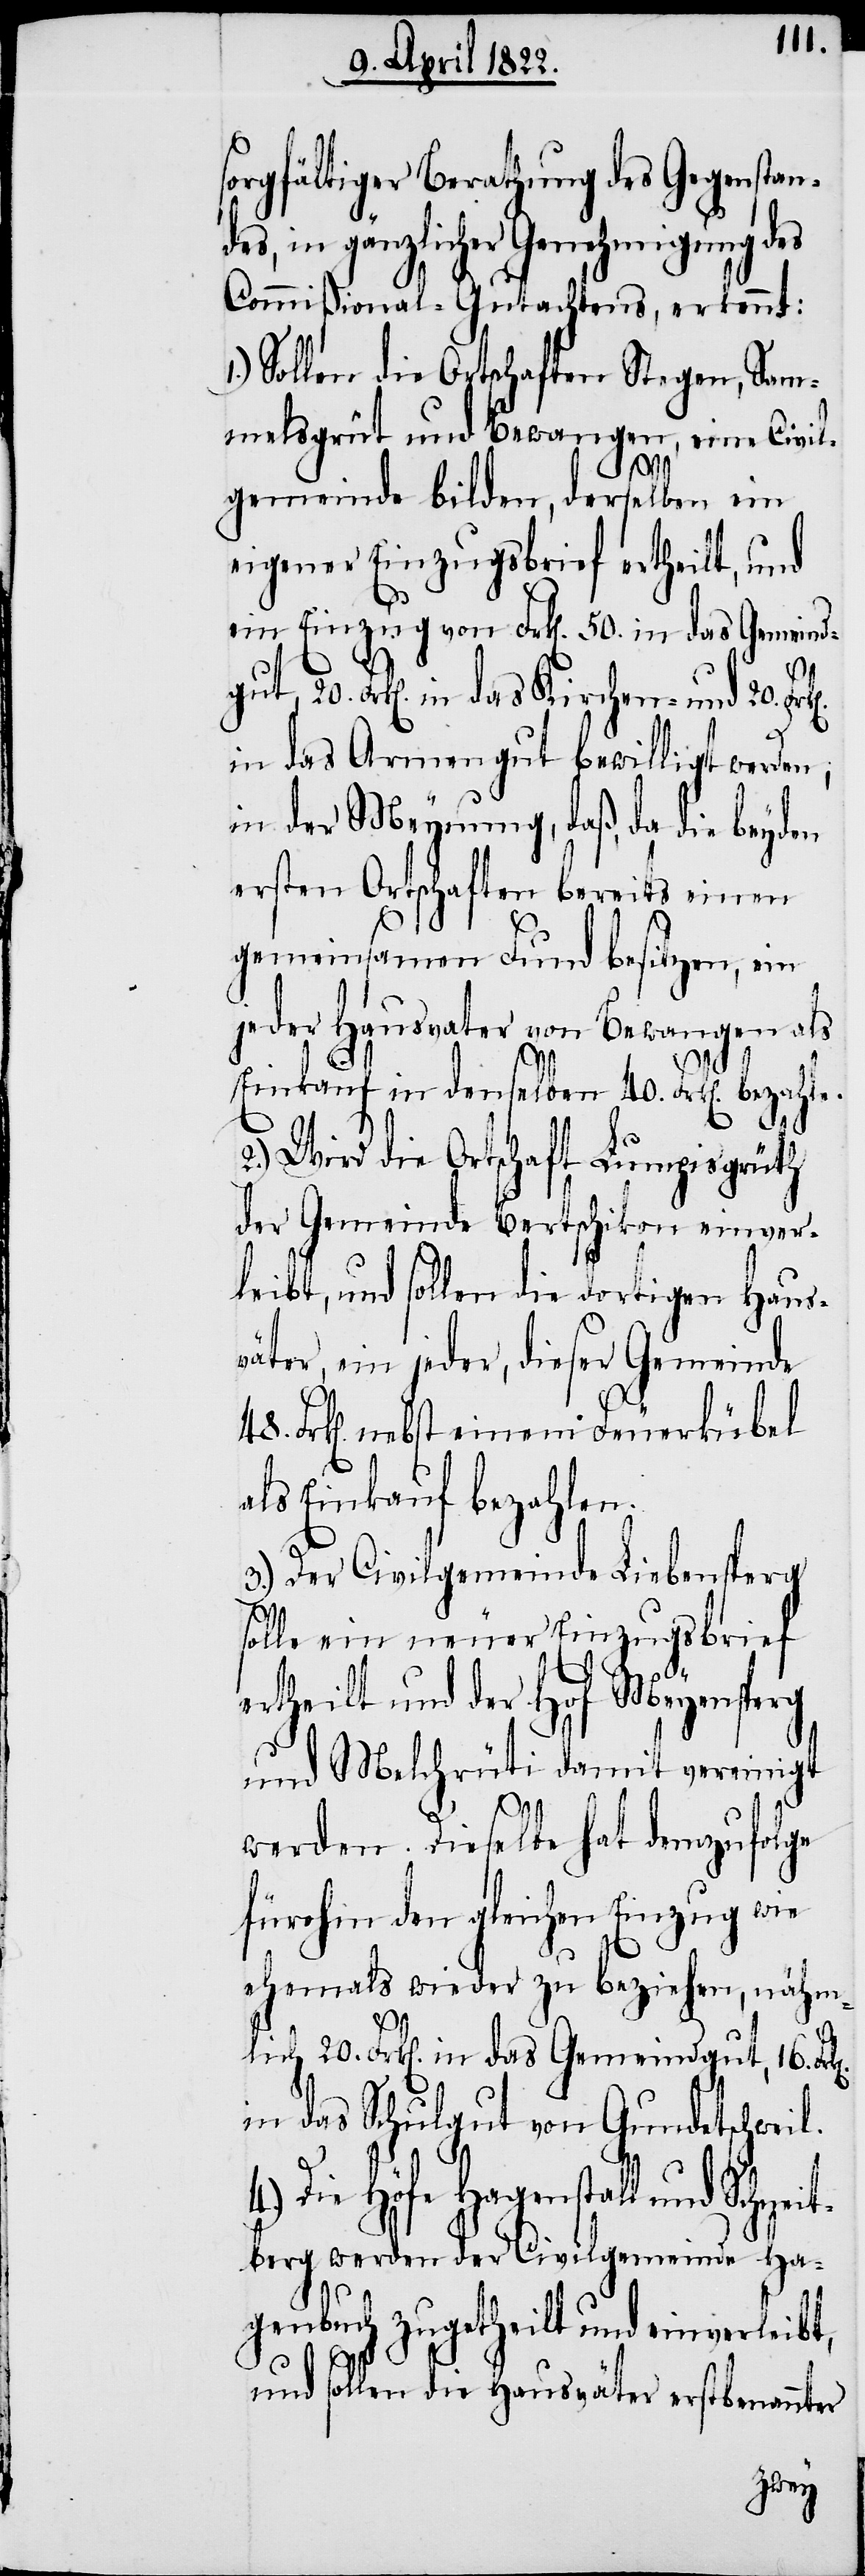
sorgfältiger Berathung des Gegenstan¬
des, in gänzlicher Genehmigung des
Commißional-Gutachtens, erkennt:
Sollen die Ortschaften Stegen, Sam¬
melsgrüt und Bewangen, eine Civil¬
gut,
gemeinde bilden, derselben ein
eigener Einzugsbrief ertheilt, und
ein Einzug von Frk[en]. 50. in das Gemeind¬
Frk[en]. in das Kirchen- und 20.
in das Armengut bewilligt werden;
in der Meynung, daß, da die beyden
ersten Ortschaften bereits einen
gemeinsamen Fund besitzen, ein
jeder Hausvater von Bewangen als
4.)
Einkauf in denselben 40. Frk[en]. bezahle.
2.) Wird die Ortschaft Lumpisgrüth
der Gemeinde Bertschikon einver¬
leibt, und sollen die dortigen Haus¬
väter, ein jeder, dieser Gemeinde
Frk[en]. nebst einem Feuerkübel
als Einkauf bezahlen.
3.) Der Civilgemeinde Liebensperg
solle ein neuer Einzugsbrief
ertheilt und der Hof Meyensperg
und Melchrüti damit vereinigt
werden. Dieselbe hat demzufolge
fürohin den gleichen Einzug wie
ehemals wieder zu beziehen, nähm¬
in das Schulgut von Gundetschweil.
Die Höfe Hagenstall und Schne¬
itberg werden der Civilgemeinde Ha¬
genbuch zugetheilt und einverleibt,
und sollen die Hausväter erstbenannt¬
er